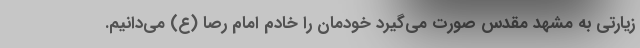
زیارتی به مشهد مقدس صورت می‌گیرد خودمان را خادم امام رصا (ع) می‌دانیم.